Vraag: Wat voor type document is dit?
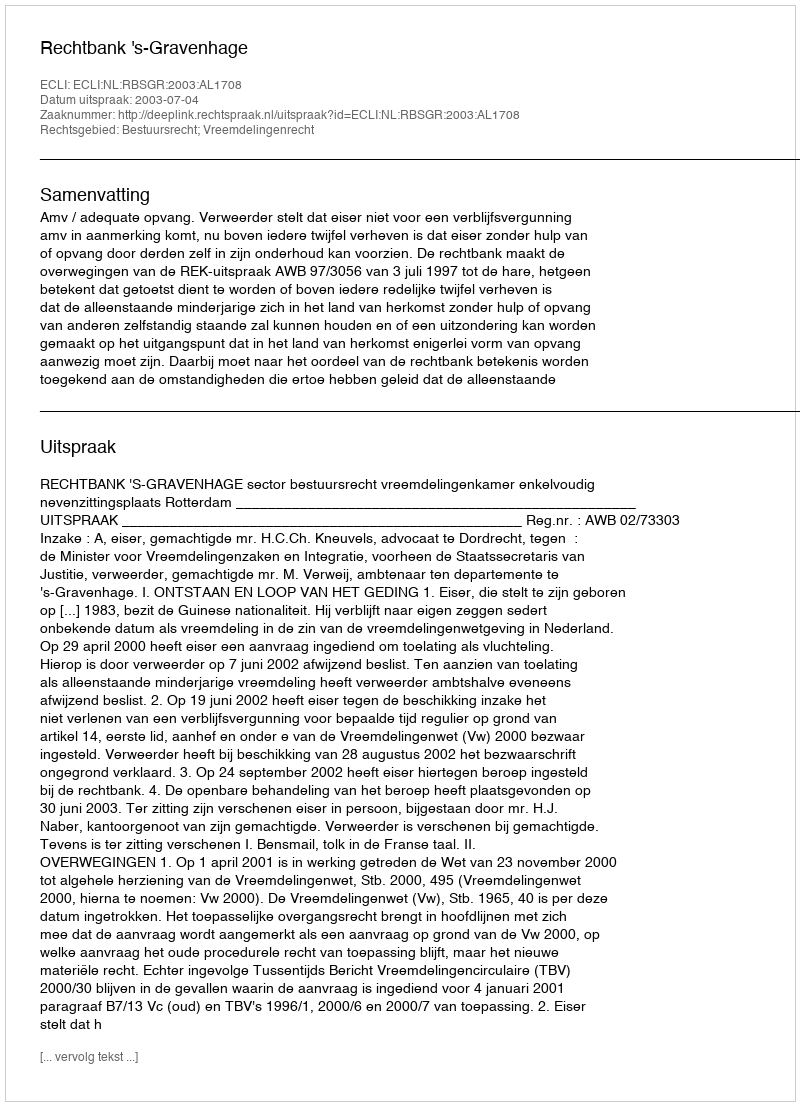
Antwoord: Uitspraak